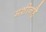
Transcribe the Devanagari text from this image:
मशीनहै